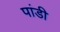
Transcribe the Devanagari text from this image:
पांडी